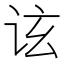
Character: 𬣤